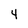
Character: 4